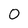
Character: o